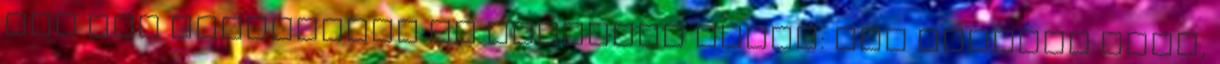
két nap jelmondata is lehetett volna: már szombat este,